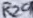
Text: R29